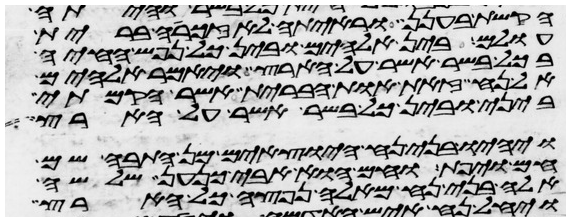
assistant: הקשת בענן וראיתה לאזכרה ברית
עולם בין אלהים ובין כל נפש החיה
בכל בשר אשר על הארץ ויאמר אלהים
אל נח זאת אות הברית אשר הקמתי
ביני ובין כל בשר אשר על הארץ
ויהיו בני נח היוצאים מן התבה שם
חם ויפת וחם הוא אבי כנען שלשה
אלה בני נח מאלה נפצה כל הארץ